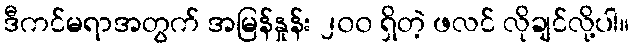
ဒီကင်မရာအတွက် အမြန်နှုန်း ၂၀၀ ရှိတဲ့ ဖလင် လိုချင်လို့ပါ။